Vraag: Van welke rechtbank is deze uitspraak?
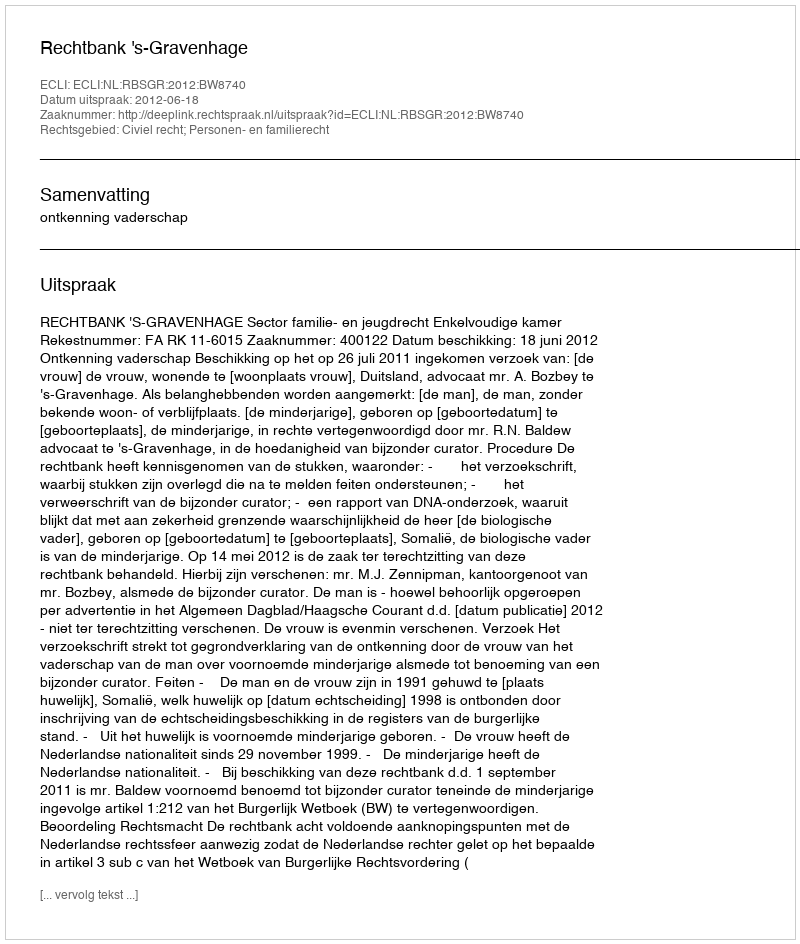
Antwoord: Rechtbank 's-Gravenhage